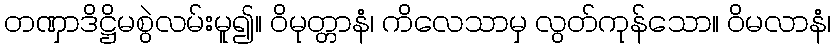
တဏှာဒိဋ္ဌိမစွဲလမ်းမူ၍။ ဝိမုတ္တာနံ၊ ကိလေသာမှ လွတ်ကုန်သော။ ဝိမလာနံ၊